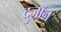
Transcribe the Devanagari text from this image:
दुजॉन